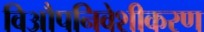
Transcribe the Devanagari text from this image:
विऔपनिवेशीकरण